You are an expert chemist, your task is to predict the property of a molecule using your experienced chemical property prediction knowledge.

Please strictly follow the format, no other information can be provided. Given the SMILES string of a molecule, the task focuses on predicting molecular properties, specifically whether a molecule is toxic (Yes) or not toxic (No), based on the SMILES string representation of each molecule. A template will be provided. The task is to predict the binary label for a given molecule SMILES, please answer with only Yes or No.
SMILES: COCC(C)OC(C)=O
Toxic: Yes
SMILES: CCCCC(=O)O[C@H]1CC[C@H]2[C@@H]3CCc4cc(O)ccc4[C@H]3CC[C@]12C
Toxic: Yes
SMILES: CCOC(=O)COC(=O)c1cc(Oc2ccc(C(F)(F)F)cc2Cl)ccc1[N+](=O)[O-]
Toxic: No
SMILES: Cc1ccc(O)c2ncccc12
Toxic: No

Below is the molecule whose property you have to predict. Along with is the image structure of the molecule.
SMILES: Nc1ncnc2c1ncn2[C@@H]1O[C@@H]2COP(=O)(O)O[C@H]2[C@H]1O
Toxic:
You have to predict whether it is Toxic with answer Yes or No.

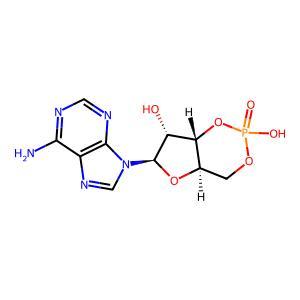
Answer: No